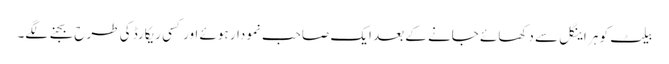
بیلٹ کو ہر اینگل سے دکھائے جانے کے بعد ایک صاحب نمودار ہوئے اور کسی ریکارڈ کی طرح بجنے لگے۔